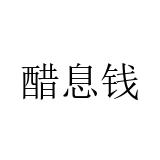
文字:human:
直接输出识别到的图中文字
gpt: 醋息钱